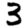
Digit: 3